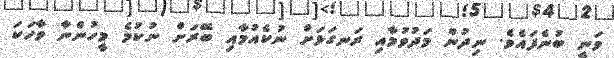
ވަނީ ބުނެފައެވެ. ނިދުން މަދުވުމާއި ރަނގަޅަށް ނުކެއުމާއި ބޭރަށް ނުކުމެ މީހުންނާ ވާހަކަ